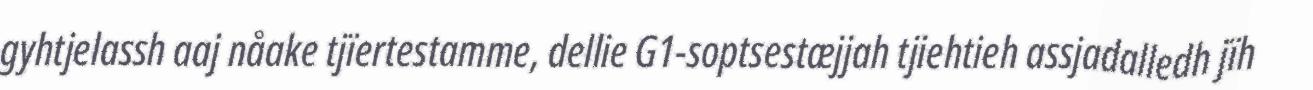
gyhtjelassh aaj nåake tjïertestamme, dellie G1-soptsestæjjah tjiehtieh assjadalledh jïh